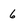
Character: 6